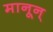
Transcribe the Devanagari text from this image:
मानून्